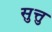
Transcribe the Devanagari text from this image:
सुत्तु